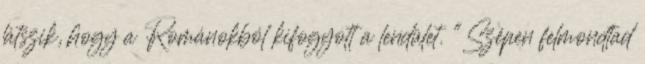
látszik, hogy a Románokból kifogyott a lendület. "Szépen felmondtad